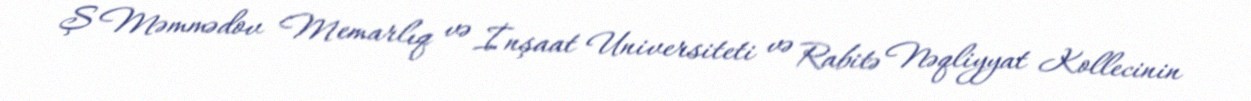
Ş Məmmədov Memarlıq və İnşaat Universiteti və Rabitə Nəqliyyat Kollecinin